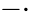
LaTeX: -\cdot